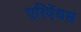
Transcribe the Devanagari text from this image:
एरिऐंथस